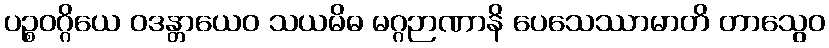
ပဉ္စဝဂ္ဂိယေ ဝဒန္တာယေဝ သယမိဓ မဂ္ဂဉာဏာနိ ပေသေဿာမာတိ တာသွေဝ